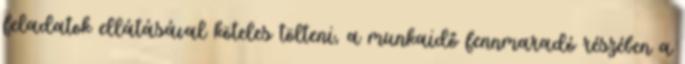
feladatok ellátásával köteles tölteni, a munkaidő fennmaradó részében a